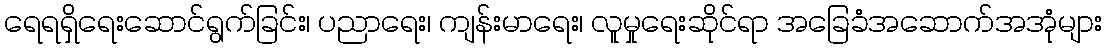
ရေရရှိရေးဆောင်ရွက်ခြင်း၊ ပညာရေး၊ ကျန်းမာရေး၊ လူမှုရေးဆိုင်ရာ အခြေခံအဆောက်အအုံများ